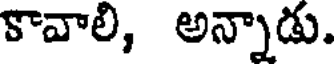
కావాలి, అన్నాడు.